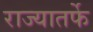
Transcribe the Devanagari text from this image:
राज्यातर्फे